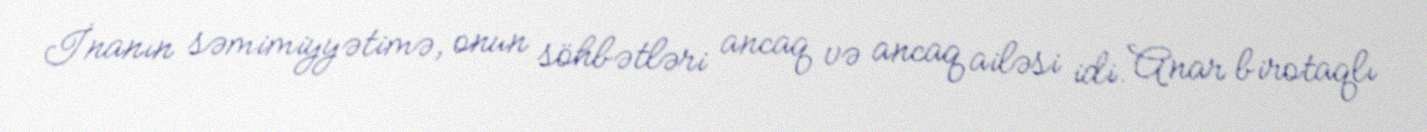
İnanın səmimiyyətimə, onun söhbətləri ancaq və ancaq ailəsi idi. Anar birotaqlı